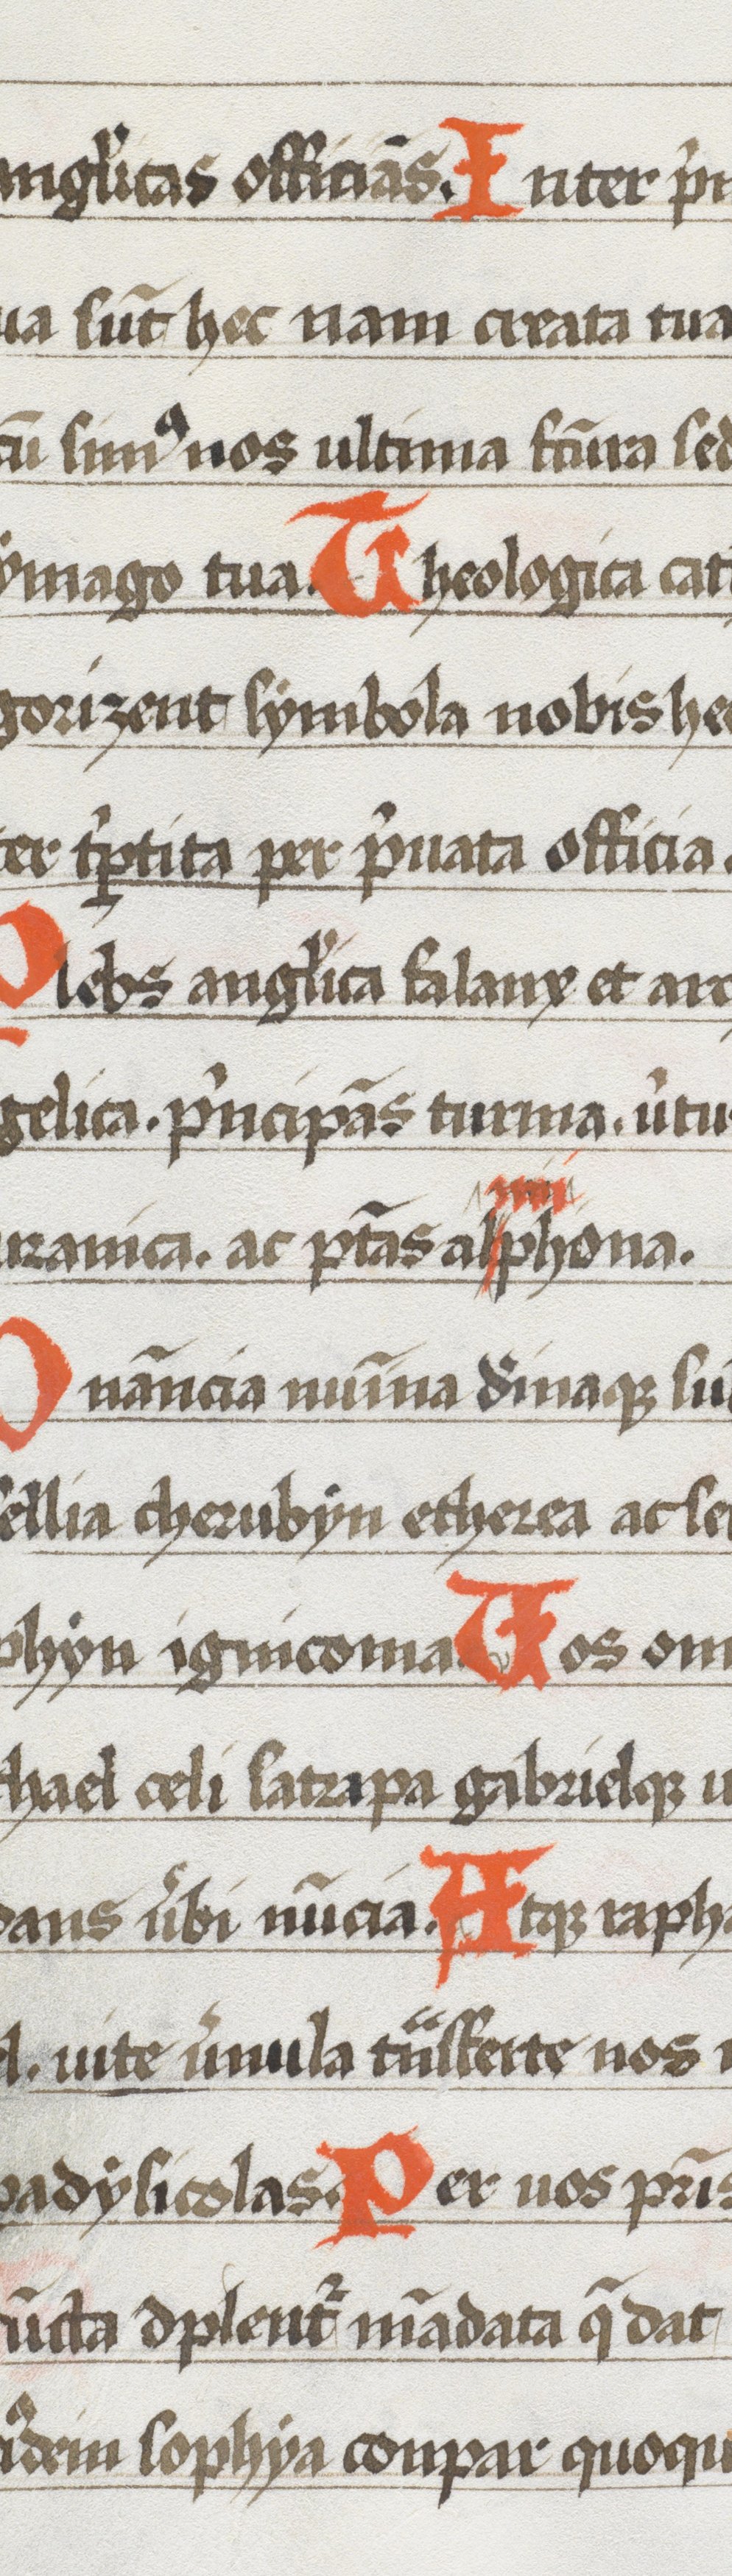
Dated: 1400–1499